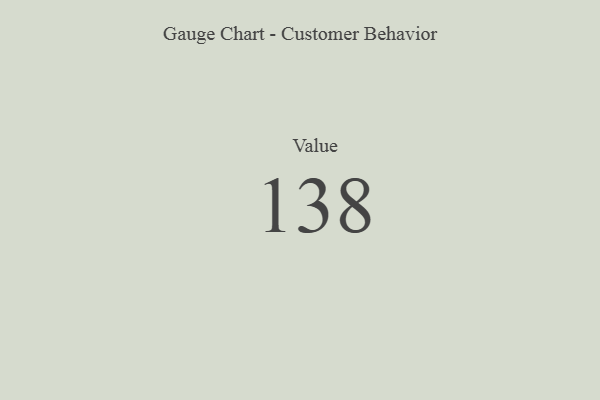
{"axis": {"x": "Metric", "y": "Value"}, "legend": [""], "data": [{"x": "Value", "y": 138, "type": ""}]}